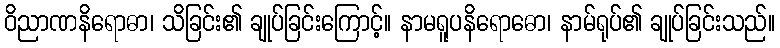
ဝိညာဏနိရောဓာ၊ သိခြင်း၏ ချုပ်ခြင်းကြောင့်။ နာမရူပနိရောဓော၊ နာမ်ရုပ်၏ ချုပ်ခြင်းသည်။